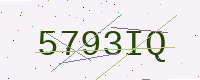
Text: 5793IQ